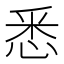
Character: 悉